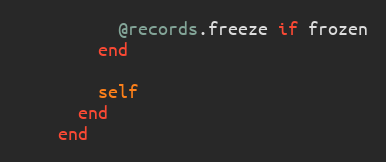
Language: Ruby
          @records.freeze if frozen
        end

        self
      end
    end